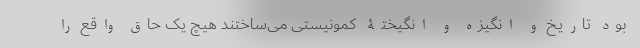
بود تاریخ و انگیزه و انگیختۀ کمونیستی می‌ساختند هیچ یک حاقِ واقع را